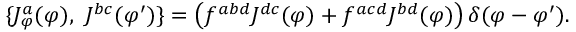
\{ J _ { \varphi } ^ { a } ( \varphi ) , ~ J ^ { b c } ( \varphi ^ { \prime } ) \} = \left( f ^ { a b d } J ^ { d c } ( \varphi ) + f ^ { a c d } J ^ { b d } ( \varphi ) \right) \delta ( \varphi - \varphi ^ { \prime } ) .